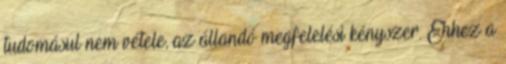
tudomásul nem vétele, az állandó megfelelési kényszer. Ehhez a